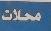
محلات